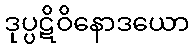
ဒုပ္ပဋိဝိနောဒယော